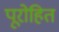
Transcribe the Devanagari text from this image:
पूरोहित